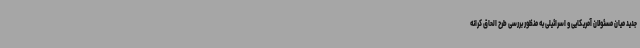
جدید میان مسئولان آمریکایی و اسرائیلی به منظور بررسی طرح الحاق کرانه